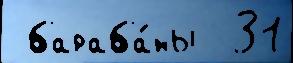
 бараба́ны  31